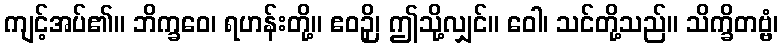
ကျင့်အပ်၏။ ဘိက္ခဝေ၊ ရဟန်းတို့။ ဧဝဉှိ၊ ဤသို့လျှင်။ ဝေါ၊ သင်တို့သည်။ သိက္ခိတဗ္ဗံ၊